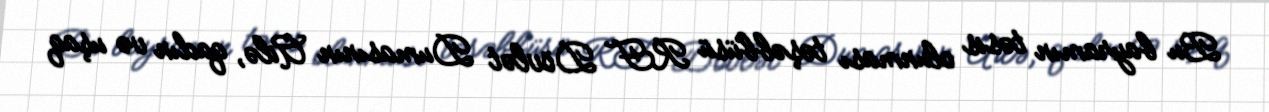
Bu bayramın təsis olunması təşəbbüsü RF Dövlət Dumasının Ailə, qadın və uşaq